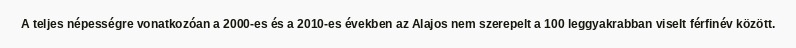
A teljes népességre vonatkozóan a 2000-es és a 2010-es években az Alajos nem szerepelt a 100 leggyakrabban viselt férfinév között.